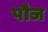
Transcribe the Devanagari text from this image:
पौज